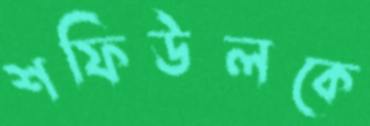
শফিউলকে